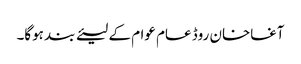
آغاخان روڈ عام عوام کے لیئے بند ہوگا۔